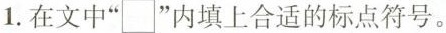
1.在文中”\Box”内填上合适的标点符号。